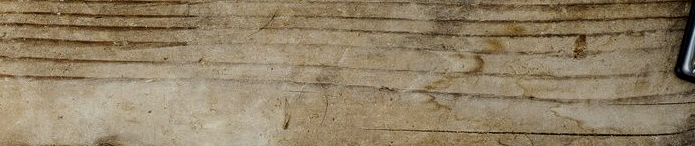
الكمية محدودة